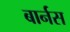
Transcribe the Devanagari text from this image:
बार्नस